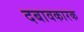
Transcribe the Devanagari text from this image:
दबावकारक